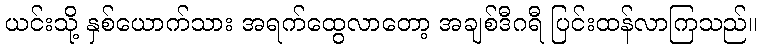
ယင်းသို့ နှစ်ယောက်သား အရက်ထွေလာတော့ အချစ်ဒီဂရီ ပြင်းထန်လာကြသည်။